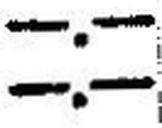
—.—